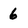
Character: 6